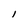
Character: l